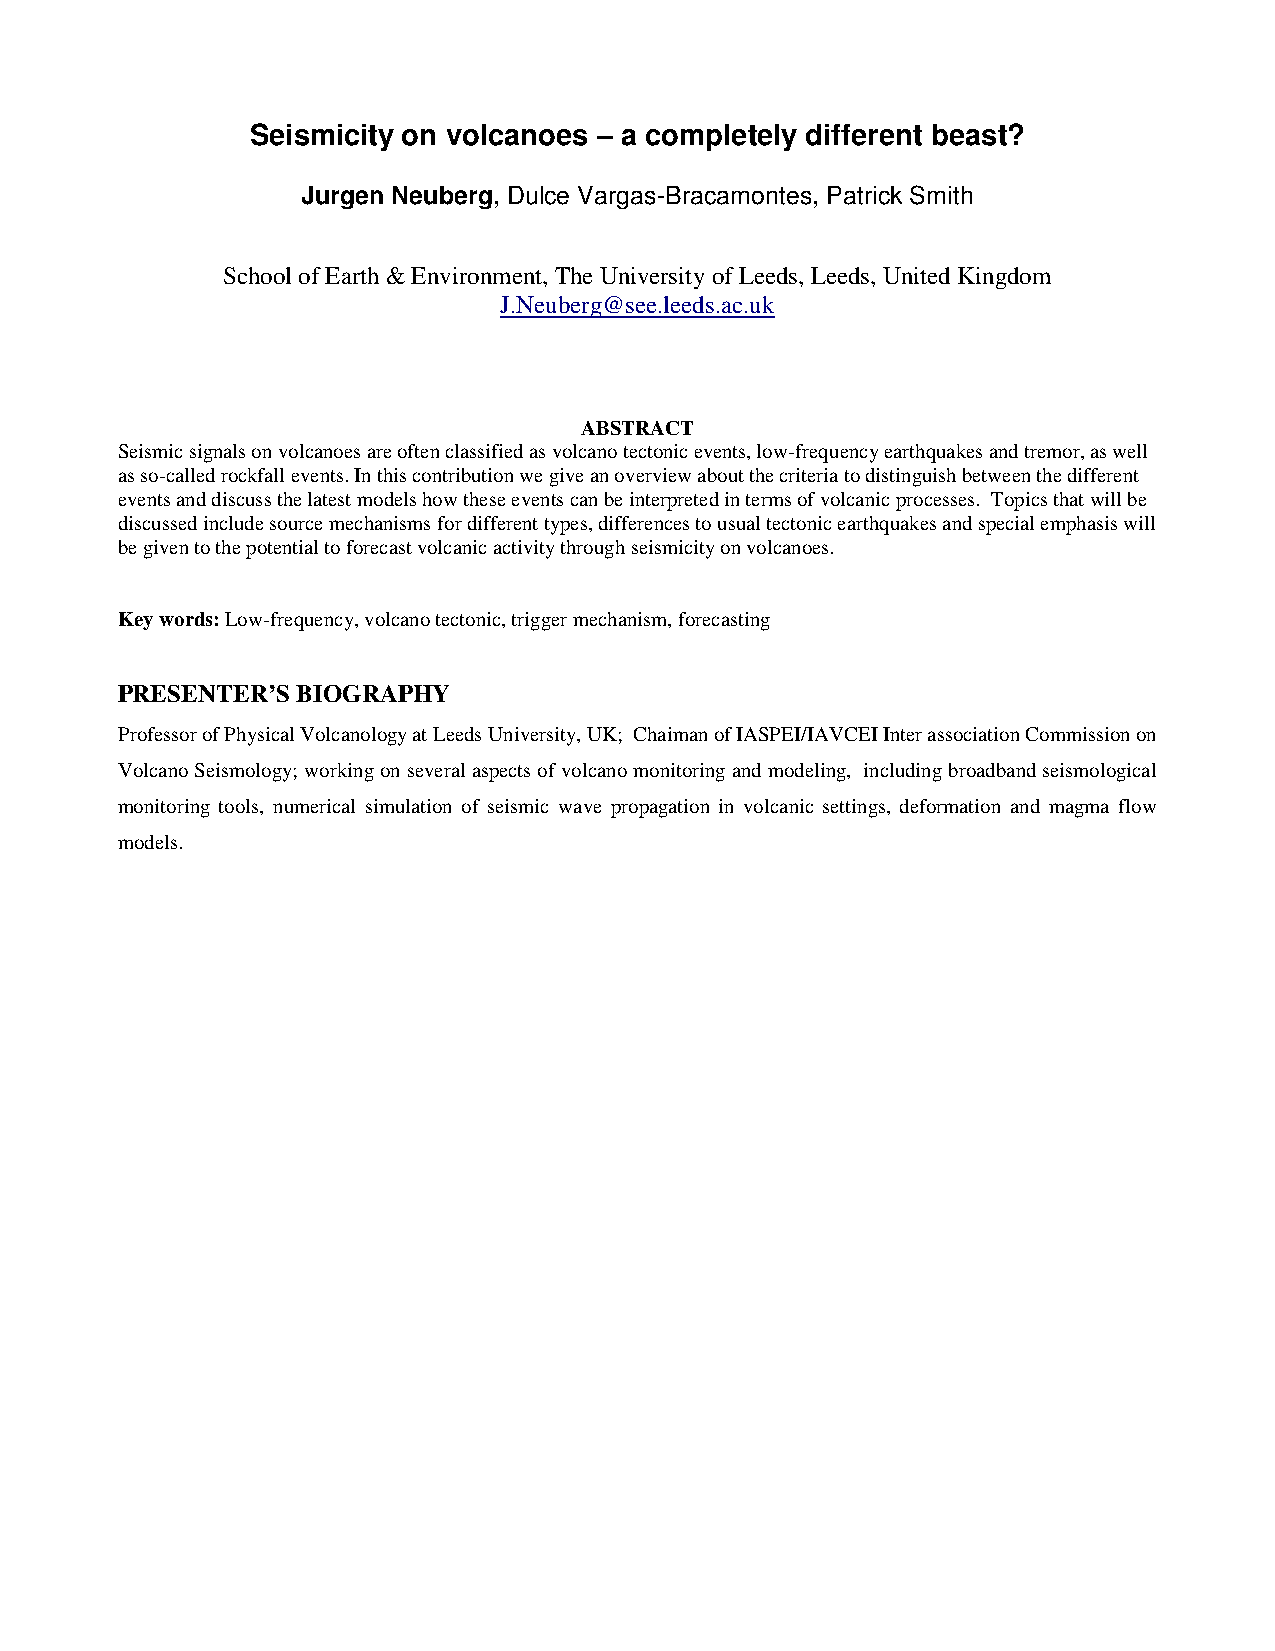
Seismicity on volcanoes – a completely different beast?
 Jurgen Neuberg, Dulce Vargas-Bracamontes, Patrick Smith
 School of Earth & Environment, The University of Leeds, Leeds, United Kingdom
 J.Neuberg@see.leeds.ac.uk
 ABSTRACT
 Seismic signals on volcanoes are often classified as volcano tectonic events, low-frequency earthquakes and tremor, as well
 as so-called rockfall events. In this contribution we give an overview about the criteria to distinguish between the different
 events and discuss the latest models how these events can be interpreted in terms of volcanic processes. Topics that will be
 discussed include source mechanisms for different types, differences to usual tectonic earthquakes and special emphasis will
 be given to the potential to forecast volcanic activity through seismicity on volcanoes.
 Key words: Low-frequency, volcano tectonic, trigger mechanism, forecasting
 PRESENTER’S BIOGRAPHY
 Professor of Physical Volcanology at Leeds University, UK; Chaiman of IASPEI/IAVCEI Inter association Commission on
 Volcano Seismology; working on several aspects of volcano monitoring and modeling, including broadband seismological
 monitoring tools, numerical simulation of seismic wave propagation in volcanic settings, deformation and magma flow
 models.